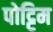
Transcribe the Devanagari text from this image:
पोट्टिम